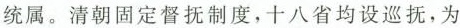
统属。清朝固定督抚制度，十八省均设巡抚，为